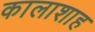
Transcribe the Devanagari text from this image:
कालाशाह